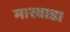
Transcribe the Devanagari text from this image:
मारवाड।